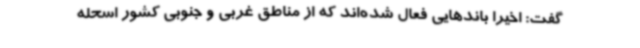
گفت: اخیراً باندهایی فعال شده‌اند که از مناطق غربی و جنوبی کشور اسحله